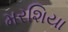
મરશિયા